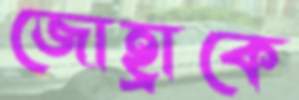
জোহ্রাকে